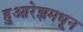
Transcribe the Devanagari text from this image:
हुआरेझमधून